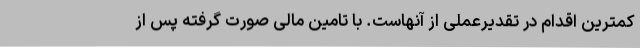
کمترین اقدام در تقدیرعملی از آنهاست. با تامین مالی صورت گرفته پس از